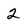
Character: 2